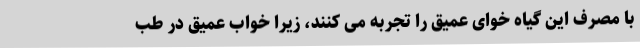
با مصرف این گیاه خوای عمیق را تجربه می کنند، زیرا خواب عمیق در طب